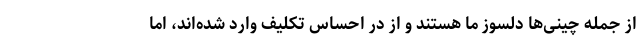
از جمله چینی‌ها دلسوز ما هستند و از در احساس تکلیف وارد شده‌اند، اما